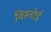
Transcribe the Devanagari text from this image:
विस्तोई